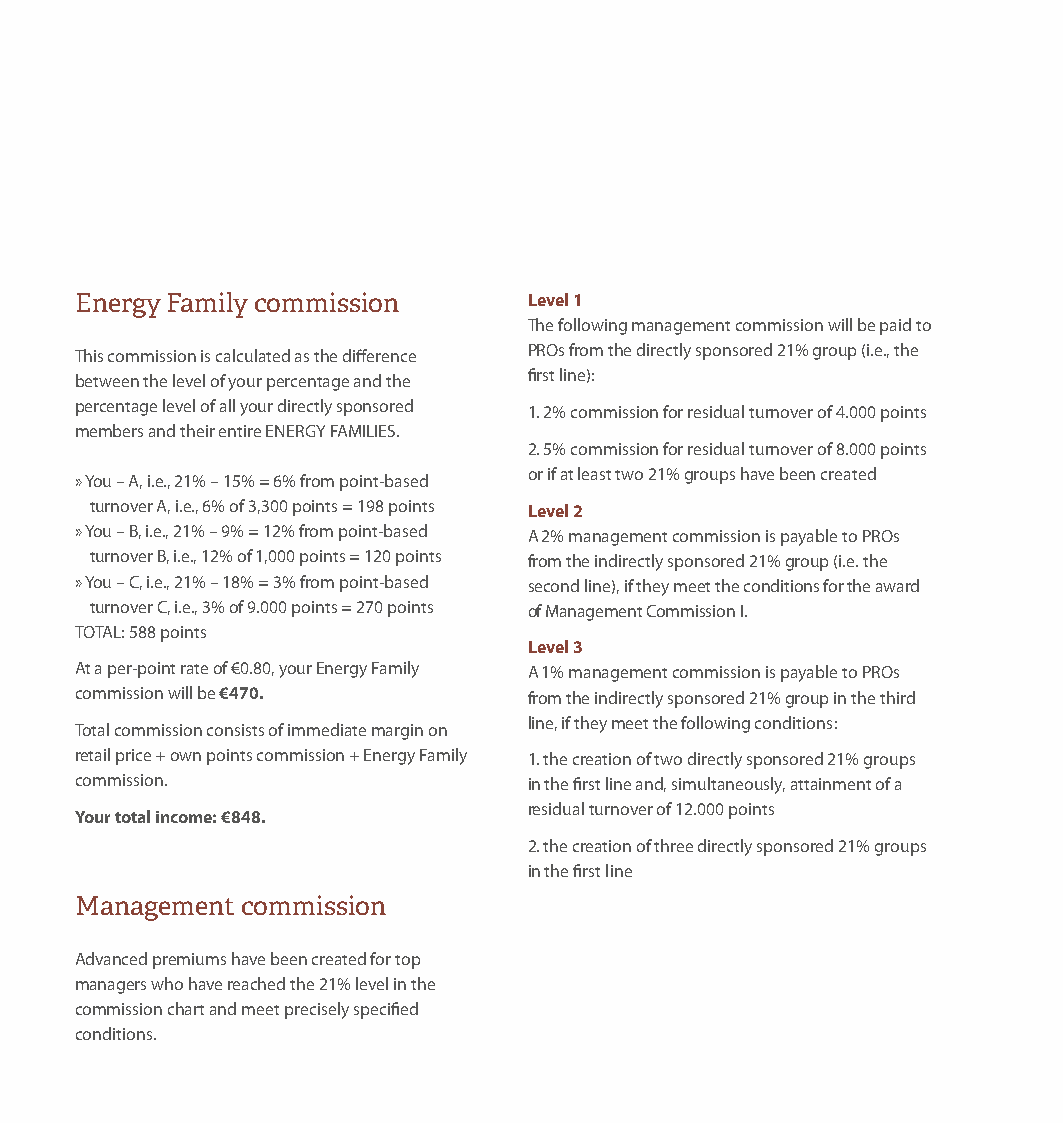
Energy Family commission      Level 1
 The following management commission will be paid to
 PROs from the directly sponsored 21% group (i.e., the
 This commission is calculated as the difference
 first line):
 between the level of your percentage and the
 percentage level of all your directly sponsored 1. 2% commission for residual turnover of 4.000 points
 members and their entire ENERGY FAMILIES.
 2. 5% commission for residual turnover of 8.000 points
 or if at least two 21% groups have been created
 » You – A, i.e., 21% – 15% = 6% from point-based
 turnover A, i.e., 6% of 3,300 points = 198 points Level 2
 » You – B, i.e., 21% – 9% = 12% from point-based A 2% management commission is payable to PROs
 turnover B, i.e., 12% of 1,000 points = 120 points from the indirectly sponsored 21% group (i.e. the
 » You – C, i.e., 21% – 18% = 3% from point-based second line), if they meet the conditions for the award
 turnover C, i.e., 3% of 9.000 points = 270 points of Management Commission I.
 TOTAL: 588 points
 Level 3
 At a per-point rate of €0.80, your Energy Family A 1% management commission is payable to PROs
 commission will be €470.      from the indirectly sponsored 21% group in the third
 line, if they meet the following conditions:
 Total commission consists of immediate margin on
 retail price + own points commission + Energy Family 1. the creation of two directly sponsored 21% groups
 commission.                   in the first line and, simultaneously, attainment of a
 residual turnover of 12.000 points
 Your total income: €848.
 2. the creation of three directly sponsored 21% groups
 in the first line
 Management commission
 Advanced premiums have been created for top
 managers who have reached the 21% level in the
 commission chart and meet precisely specified
 conditions.
 PPrruuvvooddccee__22001188..iinndddd 1122                      1177..0044..1188 1122::0000